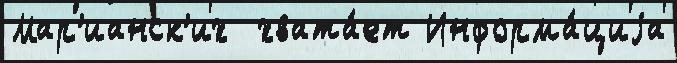
Мар'ианск'их  хвата́ет Информа́циjа